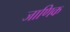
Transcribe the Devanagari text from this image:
जाणिक